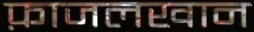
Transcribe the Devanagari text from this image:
फ़ाजलखान